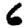
Digit: 6